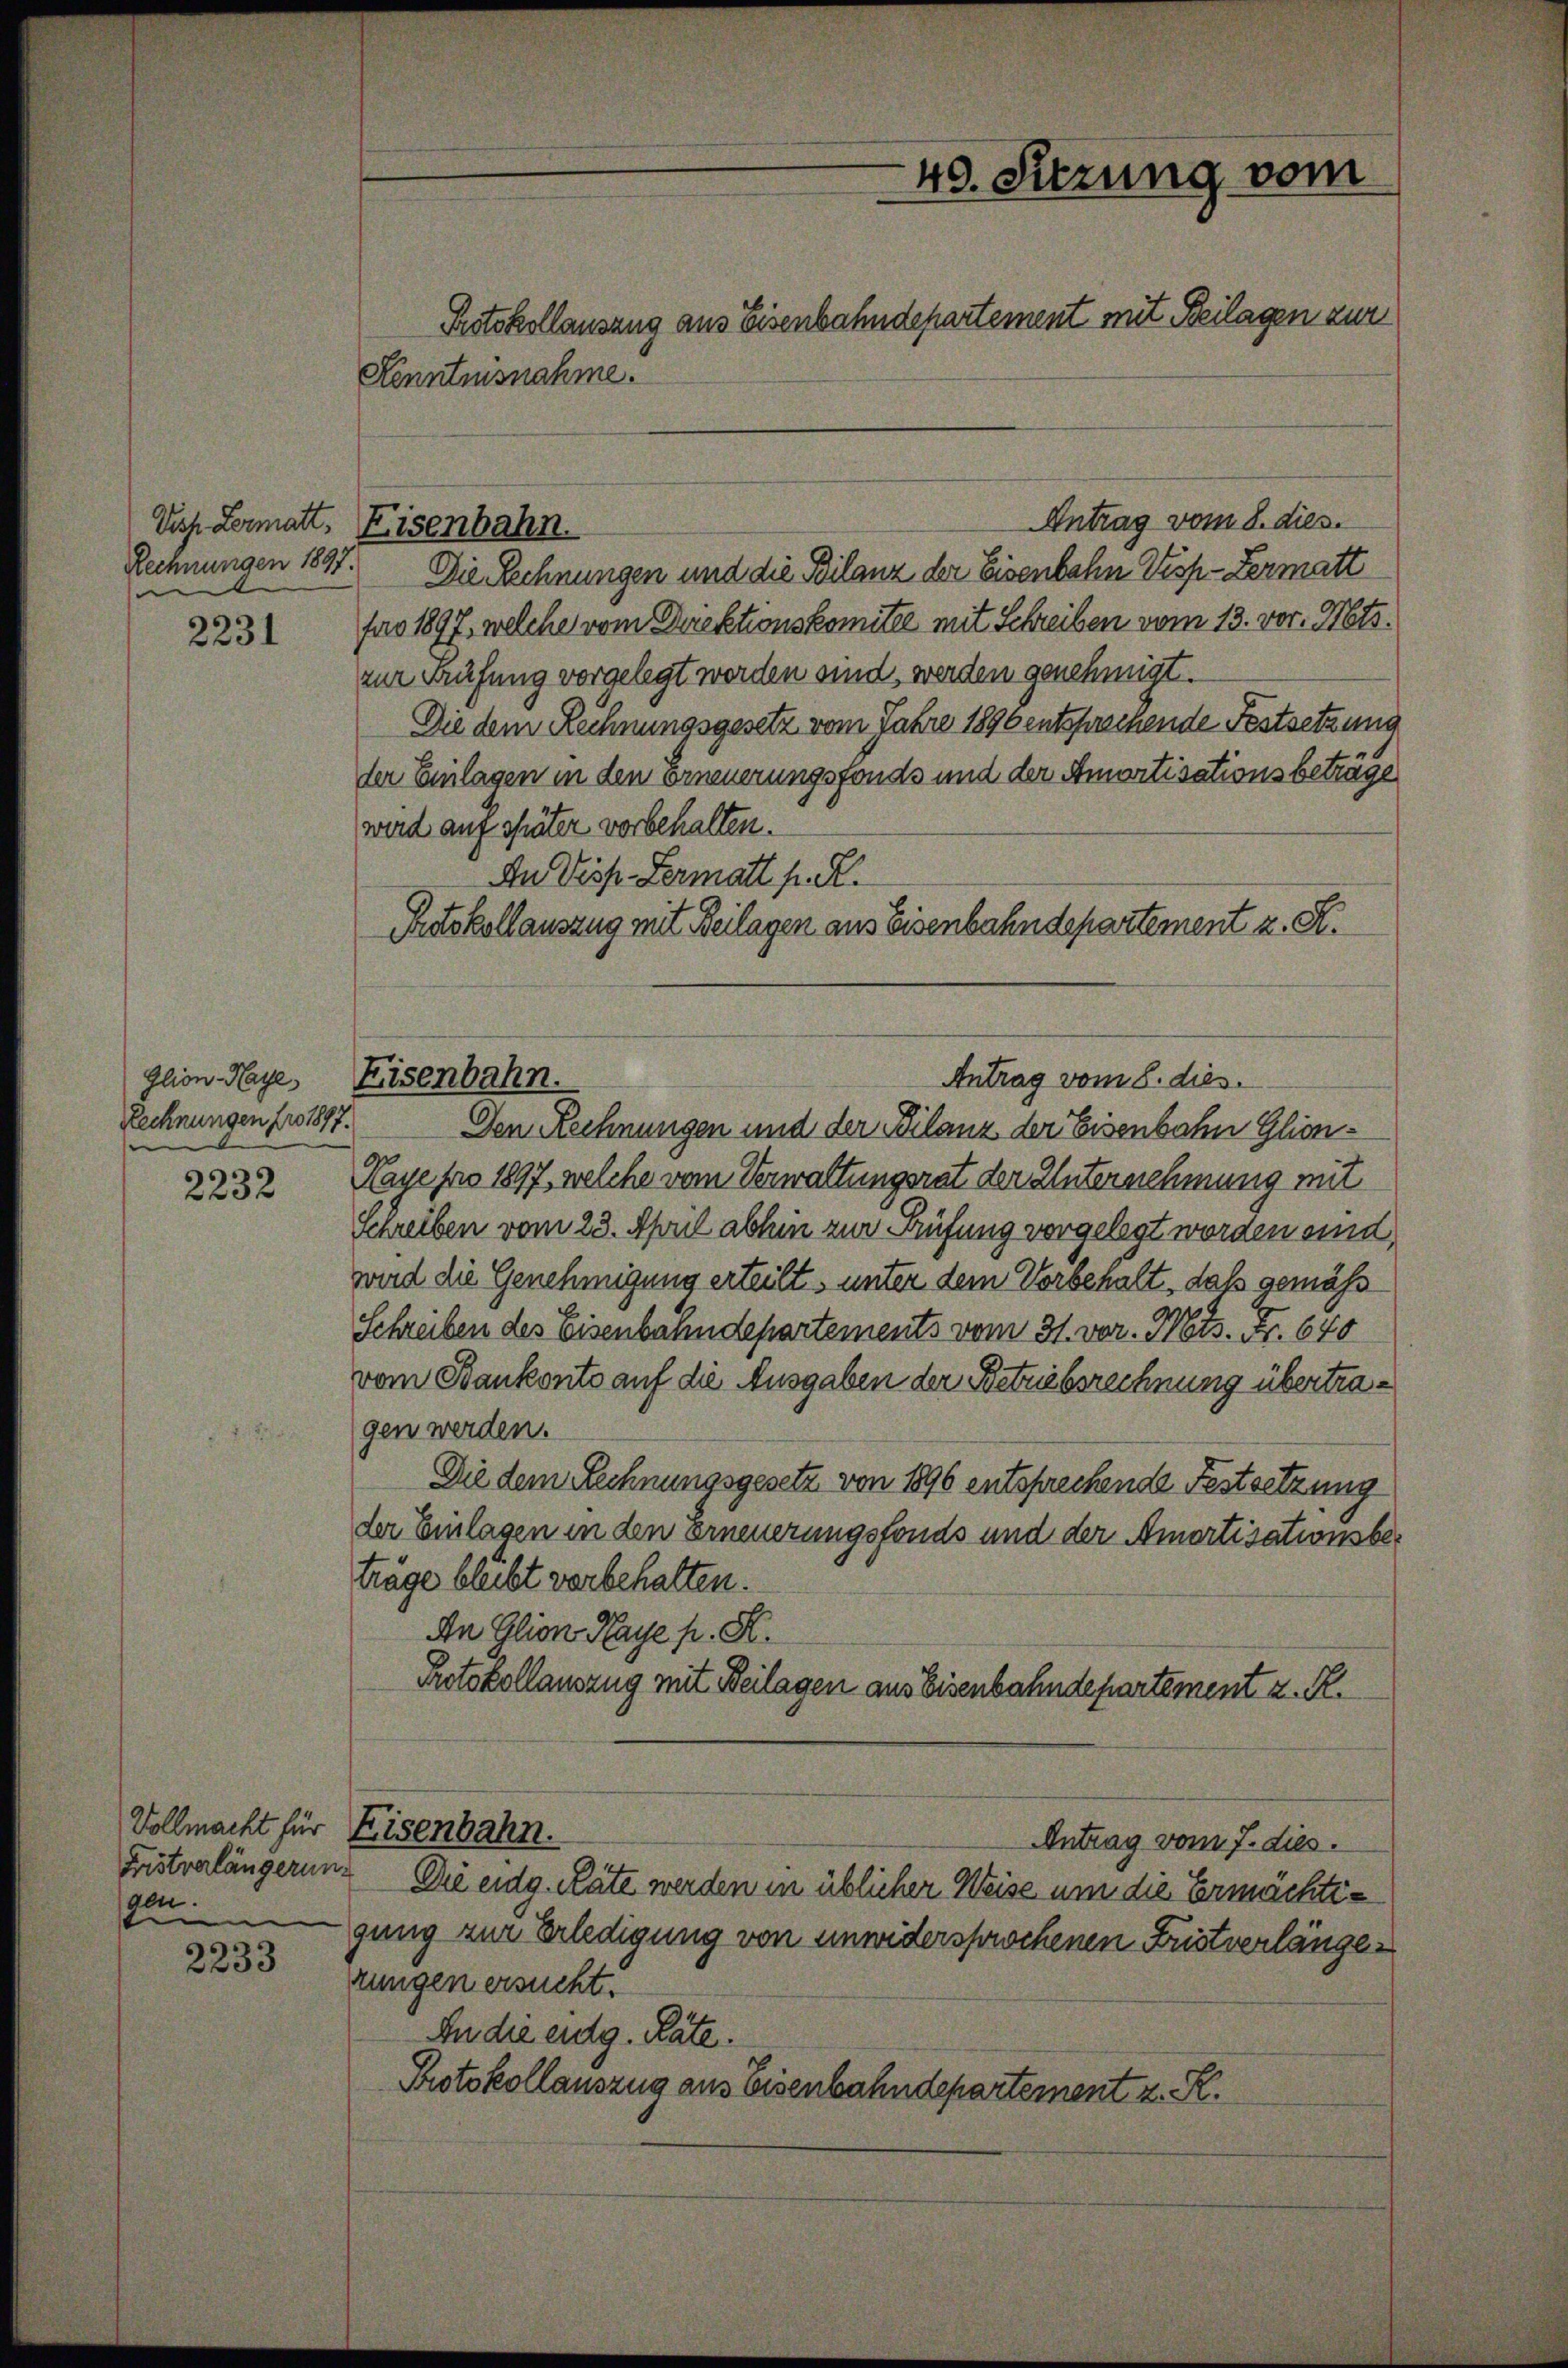
Vich. Lermatt,
Rechnungen 1897.
e

2231

Glion-Haye,
Lechnungen pro 1877.

2232

Fristverlängerung
gen.

2233

Kenntnisnahme.
Antrag vom 8. dies
Die Rechnungen und die Bilanz der Eisenbahn Visp-Lermatt
far 1897, welche vom Driektionskomitee mit Schreiben vom 13. vor. Mts.
zur Prüfung vorgelegt werden sind, werden genehmigt.
Die dem Rechnungsgesetz vom Jahre 1896 entsprechende Festsetzung
der Einlagen in den Erneuerungsfonds und der Amortisationsbeträge
wird auf später vorbehalten.
An Disp. Lermatt p. R.
Protokollauszug mit Beilagen aus Eisenbahndepartement z. K.
Den Rechnungen und der Bilanz der Eisenbahn Glien¬
Naye pro 1897, welche vom Verwaltungsrat der Unternehmung mit
Schreiben vom 23. April abhin zur Prüfung vorgelegt worden und
wird die Genehmigung erteilt, unter dem Vorbehalt, daß gemäß
Schreiben des Eisenbahndepartements vom 31. vor. Mts. Fr. 640
vom Bankonto auf die Ausgaben der Betriebsrechnung übertragen werden.
Die dem Rechnungsgesetz von 1896 entsprechende Festsetzung
der Einlagen in den Erneuerungsfonds und der Amortisationsber
träge bleibt vorbehalten.
An Glion Haye p. K.
Protokollauszug mit Beilagen aus Eisenbahndepartement z. R.
Vollmacht für Eisenbahn.
Antrag vom 7. dies.
Die eidg. Räte werden in üblicher Weise um die Ermächtigung zur Erledigung von unwidersprochenen Fristverlänge
zungen ersucht.
In die eidg. Räte.
Protokollauszug aus Eisenbahndepartement z. R.

Eisenbahn.

Eisenbahn.

40. Sitzung vom
Protokollauszug aus Eisenbahndepartement mit Beilagen zur

Antrag vom 8. dies